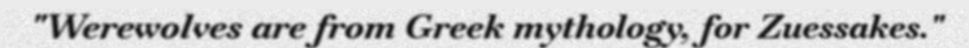
"Werewolves are from Greek mythology, for Zuessakes."